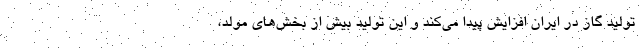
تولید گاز در ایران افزایش پیدا می‌کند و این تولید بیش از بخش‌های مولد،